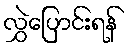
လွှဲပြောင်းရန်